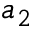
a _ { 2 }